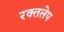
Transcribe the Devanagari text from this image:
रक्तलेप